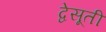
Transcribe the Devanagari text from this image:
द्वेसूती